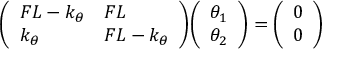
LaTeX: { \left( \begin{array} { l l } { F L - k _ { \theta } } & { F L } \\ { k _ { \theta } } & { F L - k _ { \theta } } \end{array} \right) } { \left( \begin{array} { l } { \theta _ { 1 } } \\ { \theta _ { 2 } } \end{array} \right) } = { \left( \begin{array} { l } { 0 } \\ { 0 } \end{array} \right) }